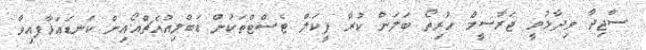
ސާޖިދާ ވިދާޅުވީ ޖަރާސީމް ހުރިތޯ ބަލަން ކުރާ ފީކަލް ޓެސްޓްތަކުން ޑަބްލިއުއެޗްއޯއިން ކަނޑައަޅާފއިވާ